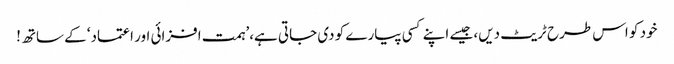
خود کو اس طرح ٹریٹ دیں، جیسے اپنے کسی پیارے کو دی جاتی ہے،’ہمت افزائی اور اعتماد‘ کے ساتھ!